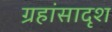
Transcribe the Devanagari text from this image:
ग्रहांसादृश